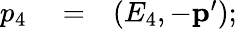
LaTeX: \begin{array}{rlr}{p_{4}}&{{}=}&{(E_{4},-\mathbf{p}^{\prime});}\end{array}